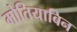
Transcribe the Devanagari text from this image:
मोतियाबिन